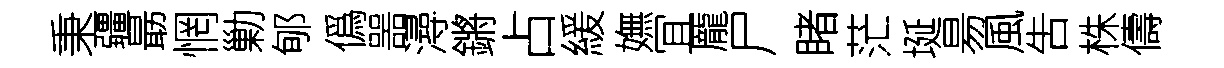
秉疆朂惘勦郇僞噐潯鏘占緩嫵冝龐尸睹茫埏昜風吿株儔